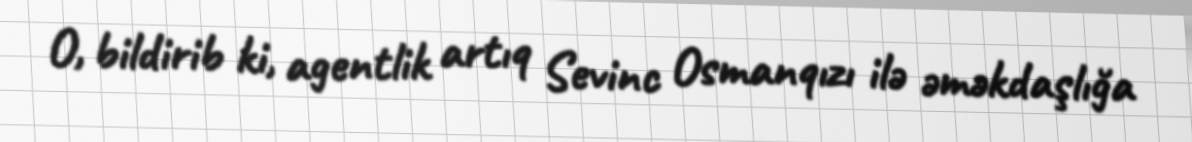
O, bildirib ki, agentlik artıq Sevinc Osmanqızı ilə əməkdaşlığa